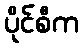
ပိုင်စီက